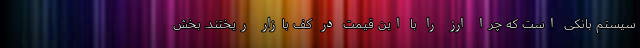
سیستم بانکی است که چرا ارز را با این قیمت در کف بازار ریختند. بخش